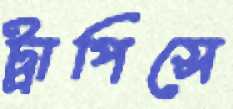
ট্রাপিসে